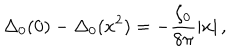
LaTeX: \Delta _ { 0 } ( 0 ) - \Delta _ { 0 } ( x ^ { 2 } ) = - \frac { \xi _ { 0 } } { 8 \pi } \left| x \right| ,